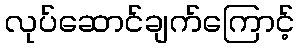
လုပ်ဆောင်ချက်ကြောင့်